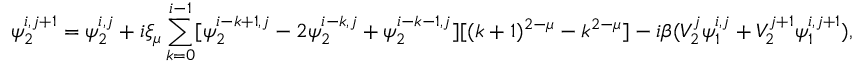
\psi _ { 2 } ^ { i , j + 1 } = \psi _ { 2 } ^ { i , j } + i \xi _ { \mu } \sum _ { k = 0 } ^ { i - 1 } [ \psi _ { 2 } ^ { i - k + 1 , j } - 2 \psi _ { 2 } ^ { i - k , j } + \psi _ { 2 } ^ { i - k - 1 , j } ] [ ( k + 1 ) ^ { 2 - \mu } - k ^ { 2 - \mu } ] - i \beta ( V _ { 2 } ^ { j } \psi _ { 1 } ^ { i , j } + V _ { 2 } ^ { j + 1 } \psi _ { 1 } ^ { i , j + 1 } ) ,